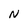
Character: N